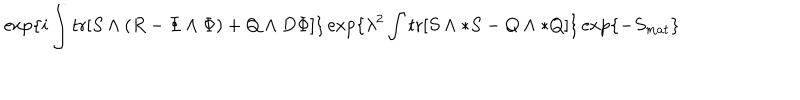
\exp \{ i \int \mathrm { t r } [ S \wedge ( R - \Phi \wedge \Phi ) + Q \wedge D \Phi ] \} \exp \{ \lambda ^ { 2 } \int \mathrm { t r } [ S \wedge * S - Q \wedge * Q ] \} \exp \{ - S _ { m a t } \} \label U